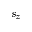
s _ { z }